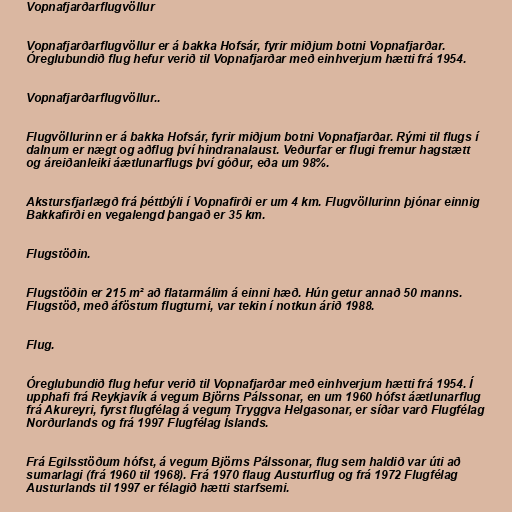
Vopnafjarðarflugvöllur

Vopnafjarðarflugvöllur er á bakka Hofsár, fyrir miðjum botni Vopnafjarðar.
Óreglubundið flug hefur verið til Vopnafjarðar með einhverjum hætti frá 1954.

Vopnafjarðarflugvöllur..

Flugvöllurinn er á bakka Hofsár, fyrir miðjum botni Vopnafjarðar. Rými til flugs í
dalnum er nægt og aðflug því hindranalaust. Veðurfar er flugi fremur hagstætt
og áreiðanleiki áætlunarflugs því góður, eða um 98%.

Akstursfjarlægð frá þéttbýli í Vopnafirði er um 4 km. Flugvöllurinn þjónar einnig
Bakkafirði en vegalengd þangað er 35 km.

Flugstöðin.

Flugstöðin er 215 m² að flatarmálim á einni hæð. Hún getur annað 50 manns.
Flugstöð, með áföstum flugturni, var tekin í notkun árið 1988.

Flug.

Óreglubundið flug hefur verið til Vopnafjarðar með einhverjum hætti frá 1954. Í
upphafi frá Reykjavík á vegum Björns Pálssonar, en um 1960 hófst áætlunarflug
frá Akureyri, fyrst flugfélag á vegum Tryggva Helgasonar, er síðar varð Flugfélag
Norðurlands og frá 1997 Flugfélag Íslands.

Frá Egilsstöðum hófst, á vegum Björns Pálssonar, flug sem haldið var úti að
sumarlagi (frá 1960 til 1968). Frá 1970 flaug Austurflug og frá 1972 Flugfélag
Austurlands til 1997 er félagið hætti starfsemi.